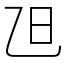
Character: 𣄽